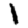
Digit: 1